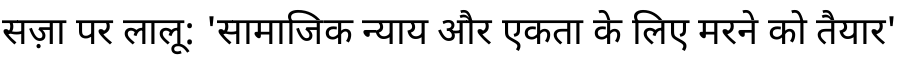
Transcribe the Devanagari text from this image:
सज़ा पर लालू: 'सामाजिक न्याय और एकता के लिए मरने को तैयार'